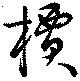
檟